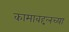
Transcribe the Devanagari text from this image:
कामाबद्दलच्या